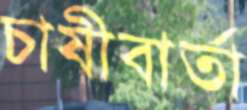
চাষীবার্তা